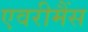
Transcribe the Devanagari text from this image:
एवरीमैंस